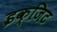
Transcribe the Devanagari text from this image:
इक्जिट